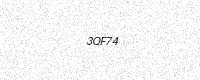
Text: 3QF74